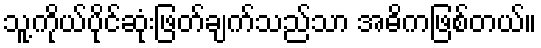
သူ့ကိုယ်ပိုင်ဆုံးဖြတ်ချက်သည်သာ အဓိကဖြစ်တယ်။